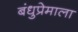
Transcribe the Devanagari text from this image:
बंधुप्रेमाला